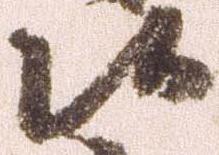
候